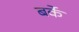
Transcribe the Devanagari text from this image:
बर्के